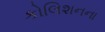
કોલિશનના